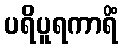
ပရိပူရကာရိံ